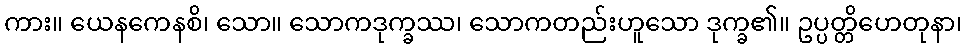
ကား။ ယေနကေနစိ၊ သော။ သောကဒုက္ခဿ၊ သောကတည်းဟူသော ဒုက္ခ၏။ ဥပ္ပတ္တိဟေတုနာ၊